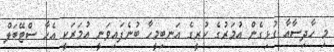
މި ހާދިސާއާ ގުޅިގެން އުމަރުގެ ކުރީގެ އަނބިމީހާ ބުނެފައިވަނީ އުމަރަކީ އެހާ ސްޓޭބަލް